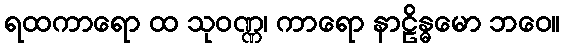
ရထကာရော ထ သုဝဏ္ဏ၊ ကာရော နာဠိန္ဓမော ဘဝေ။